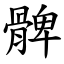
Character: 髀